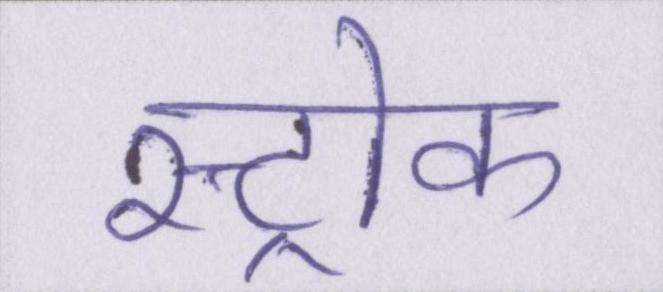
स्ट्रोक